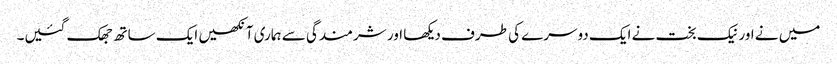
میں نے اور نیک بخت نے ایک دوسرے کی طرف دیکھا اور شرمندگی سے ہماری آنکھیں ایک ساتھ جھک گئیں۔